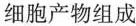
细胞产物组成